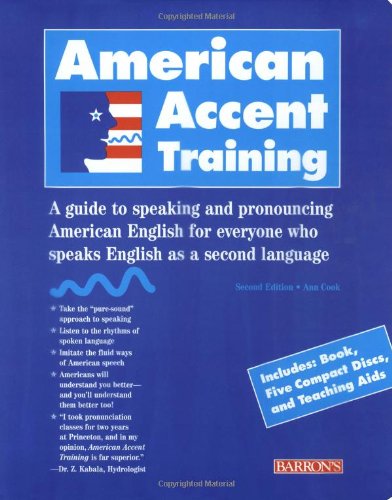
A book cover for American Accent Training, 2nd Edition (Book + CD); Ann Cook; Reference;